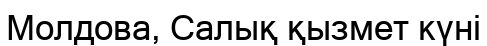
Молдова, Салық қызмет күні